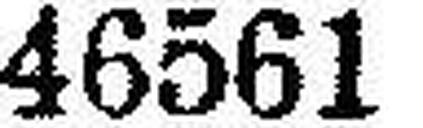
46561